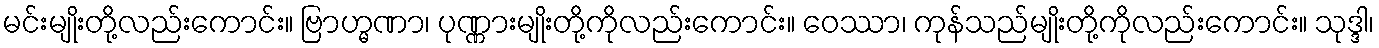
မင်းမျိုးတို့လည်းကောင်း။ ဗြာဟ္မဏာ၊ ပုဏ္ဏားမျိုးတို့ကိုလည်းကောင်း။ ဝေဿာ၊ ကုန်သည်မျိုးတို့ကိုလည်းကောင်း။ သုဒ္ဒါ၊